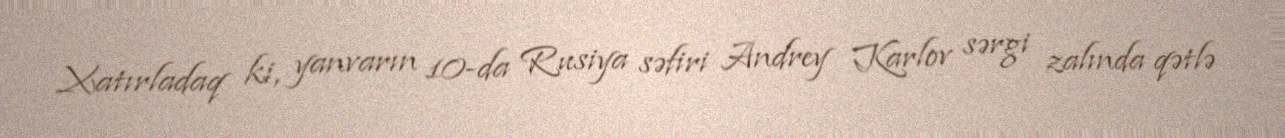
Xatırladaq ki, yanvarın 10-da Rusiya səfiri Andrey Karlov sərgi zalında qətlə